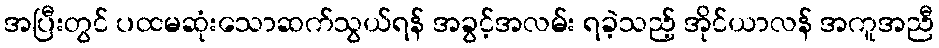
အပြီးတွင် ပထမဆုံးသောဆက်သွယ်ရန် အခွင့်အလမ်း ရခဲ့သည့် အိုင်ယာလန် အကူအညီ